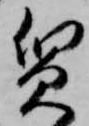
質